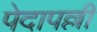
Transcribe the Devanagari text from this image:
पेदापल्ली